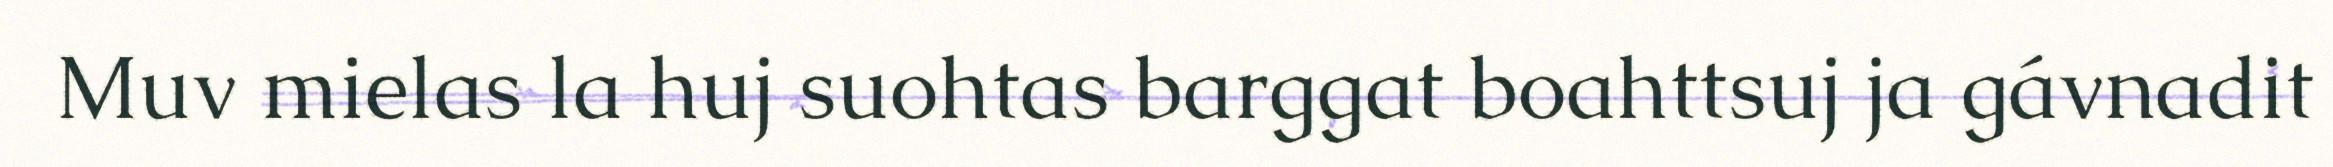
Muv mielas la huj suohtas barggat boahttsuj ja gávnadit